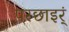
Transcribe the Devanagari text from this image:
परछाइर्ं